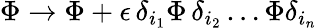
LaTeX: \Phi\rightarrow\Phi+\epsilon\, \delta_{i_{1}}\Phi\, \delta_{i_{2}}\ldots\Phi\delta_{i_{n}}